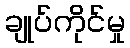
ချုပ်ကိုင်မှု